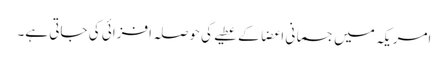
امریکہ میں جسمانی اعضا کے عطیے کی حوصلہ افزائی کی جاتی ہے۔